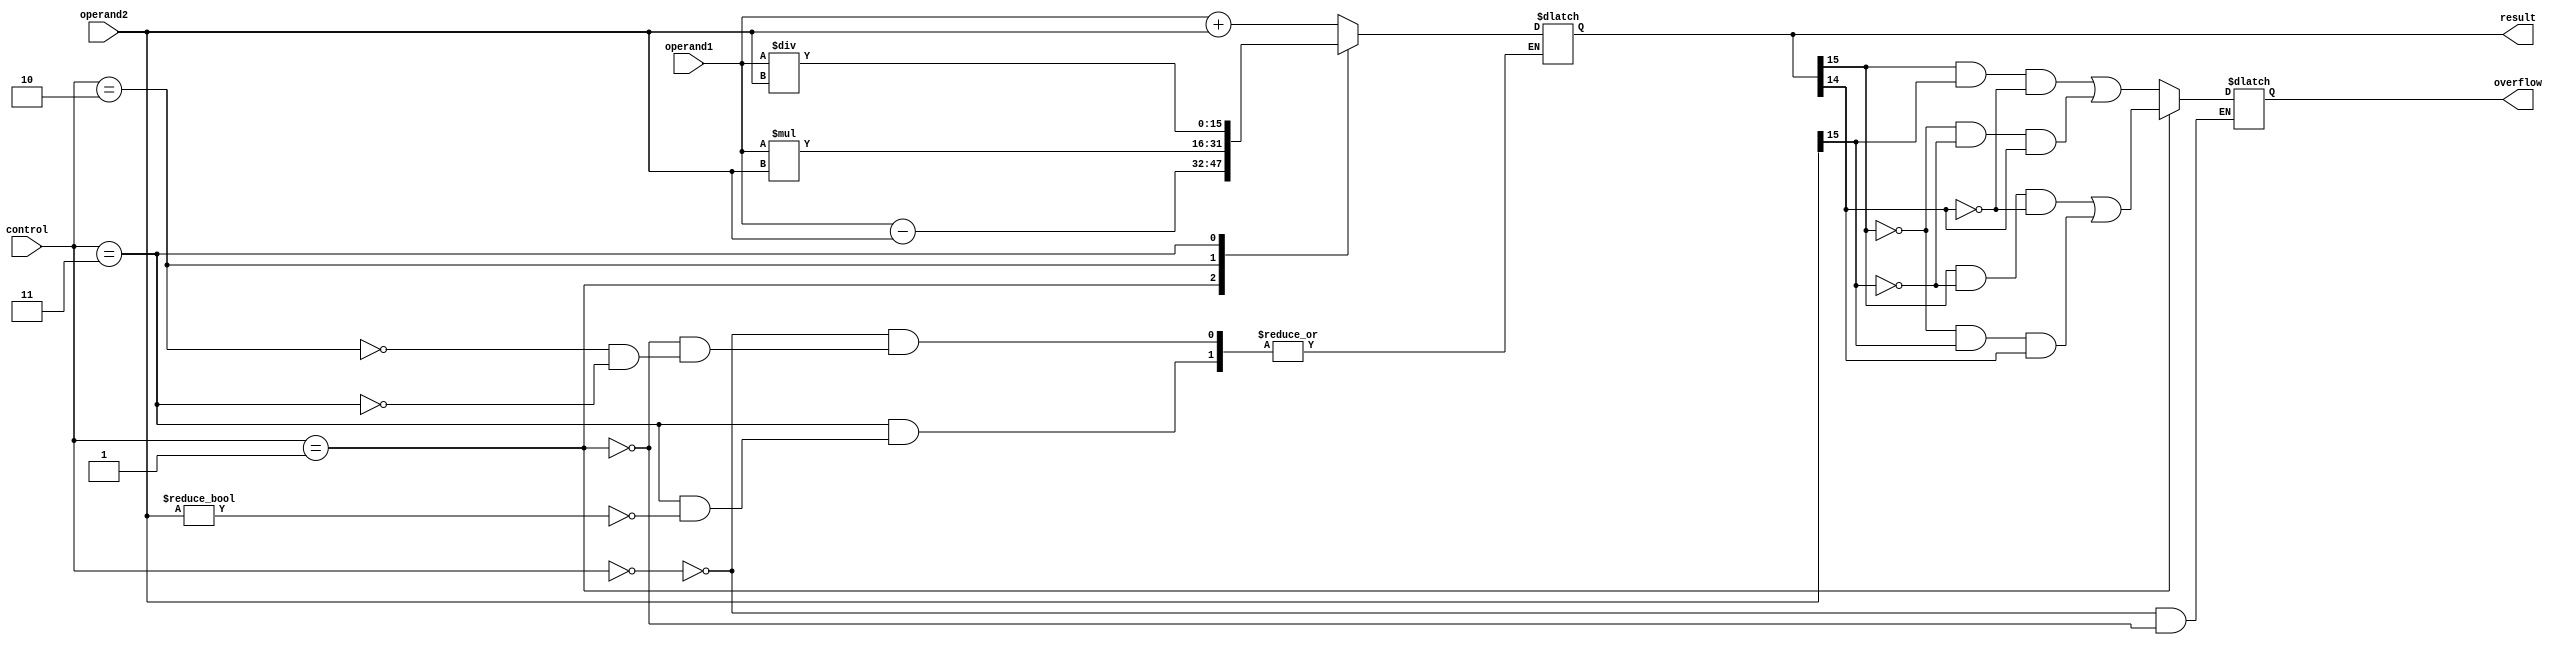
module ALU(
  input [15:0] operand1,
  input [15:0] operand2,
  input [3:0] control,
  output reg [15:0] result,
  output reg overflow
);

// Arithmetic blocks
always @ (*)
begin
  case (control)
    4'b0000: result = operand1 + operand2; // Addition
    4'b0001: result = operand1 - operand2; // Subtraction
    4'b0010: result = operand1 * operand2; // Multiplication
    4'b0011: if (operand2 != 0) result = operand1 / operand2; // Division
  endcase
end

// Overflow detection logic
always @ (*)
begin
  case (control)
    4'b0000: overflow = (result[15] & operand2[15] & ~result[14]) |
                       (~result[15] & ~operand2[15] & result[14]); // Addition overflow
    4'b0001: overflow = (result[15] & ~operand2[15] & ~result[14]) |
					   (~result[15] & operand2[15] & result[14]); // Subtraction overflow
    // Multiplication and division overflow detection logic can be added here
  endcase
end

endmodule